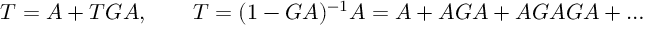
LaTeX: T = A + T G A , \qquad T = ( 1 - G A ) ^ { - 1 } A = A + A G A + A G A G A + \ldots